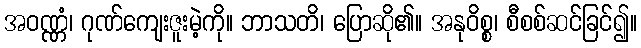
အဝဏ္ဏံ၊ ဂုဏ်ကျေးဇူးမဲ့ကို။ ဘာသတိ၊ ပြောဆို၏။ အနုဝိစ္စ၊ စီစစ်ဆင်ခြင်၍။